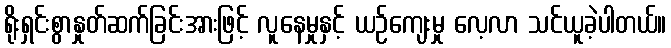
ရိုးရှင်းစွာနှုတ်ဆက်ခြင်းအားဖြင့် လူနေမှုနှင့် ယဉ်ကျေးမှု လေ့လာ သင်ယူခဲ့ပါတယ်။